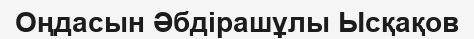
Оңдасын Әбдірашұлы Ысқақов